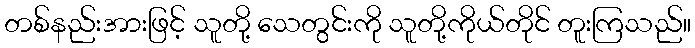
တစ်နည်းအားဖြင့် သူတို့ သေတွင်းကို သူတို့ကိုယ်တိုင် တူးကြသည်။